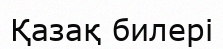
Қазақ билері